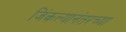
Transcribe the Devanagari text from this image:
जिंकल्यानंतरच्या